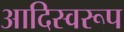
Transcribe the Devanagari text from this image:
आदिस्वरूप